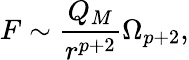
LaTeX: F\sim{\frac{Q_{M}}{r^{p+2}}}\Omega_{p+2},